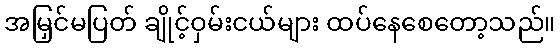
အမြှင်မပြတ် ချိုင့်ဝှမ်းငယ်များ ထပ်နေစေတော့သည်။